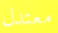
معتدل